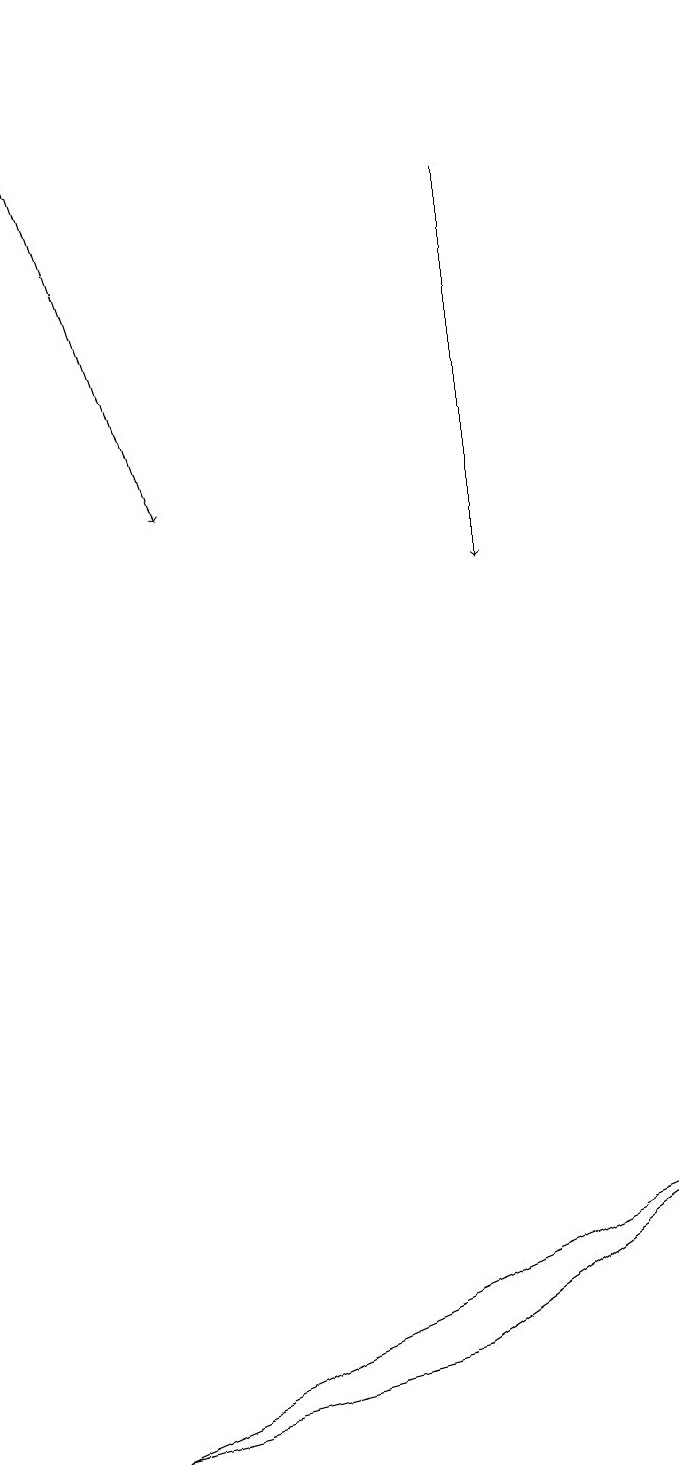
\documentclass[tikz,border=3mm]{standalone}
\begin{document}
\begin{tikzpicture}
\draw[->] (7,17) -- (7,12);
\draw[->] (1,19) -- (3,13);
\draw (6,2) -- (9,4) -- (2,1) -- cycle;
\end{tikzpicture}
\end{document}